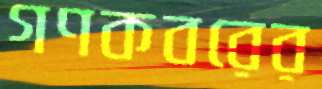
গণকবরের